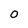
Character: O